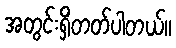
အတွင်းရှိတတ်ပါတယ်။